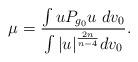
LaTeX: \begin{align*} \mu = \frac{ \int u P_{g_0} u\ dv_0 }{\int |u|^{\frac{2n}{n-4}} dv_0 }.\end{align*}